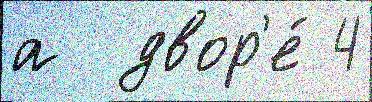
а  двор'е́ 4